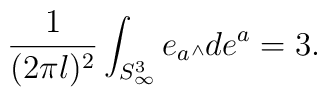
\frac{1}{(2\pi l)^2}\int_{S^3_{\infty}} e_a {\mbox{\tiny $\wedge$}} de^a = 3.